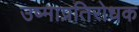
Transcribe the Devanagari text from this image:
उष्माप्रतिरोधक